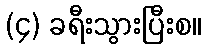
(၄) ခရီးသွားပြီးစ။